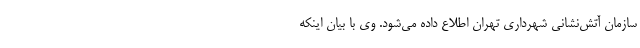
سازمان آتش‌نشانی شهرداری تهران اطلاع داده می‌شود. وی با بیان اینکه